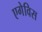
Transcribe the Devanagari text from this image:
एगेविस